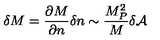
\delta M = \frac { \partial M } { \partial n } \delta n \sim \frac { M _ { P } ^ { 2 } } { M } \delta { \cal A }